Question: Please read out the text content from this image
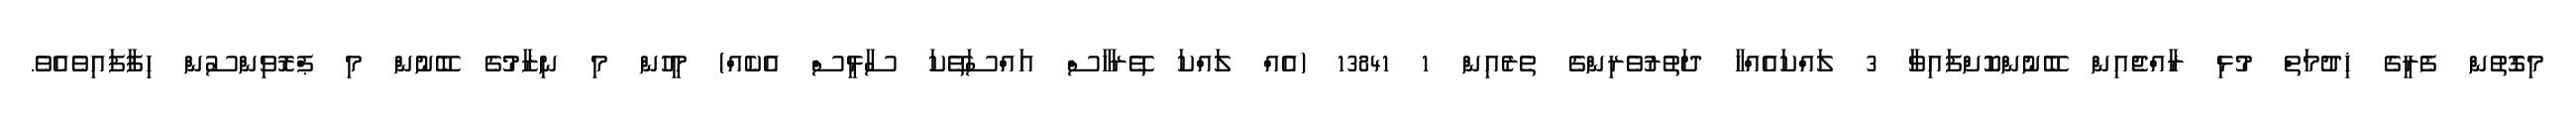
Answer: މިގޮތުން ފެރީގެ ޚިދުމަތް މުޅި ރާއްޖެއިން ބޭނުންކޮށްފައިވާ 3 ލައްކައެއްހާ ދަތުރުވެރިންގެ ތެރެއިން 1 13841 (އެއް ލައްކަ ތޭރަހާސް އައްސަތޭކަ ސާޅީސް އެކެއް) މީހުން މި ނިޒާމުގެ ބޭނުން މި ޕްރޮވިންސުން ހިފާފައިވެއެވެ.